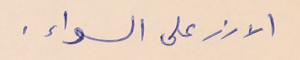
الارز على السواء.